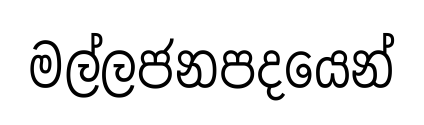
මල්ලජනපදයෙන්